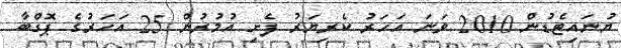
ޔުނައިޓެޑުން 2010 ވަނަ އަހަރު ކެރިޔަރު ފެށި އުމުރުން 25 އަހަރުގެ ޕޮގްބާ